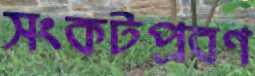
সংকটপ্রবণ